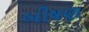
બીષણ